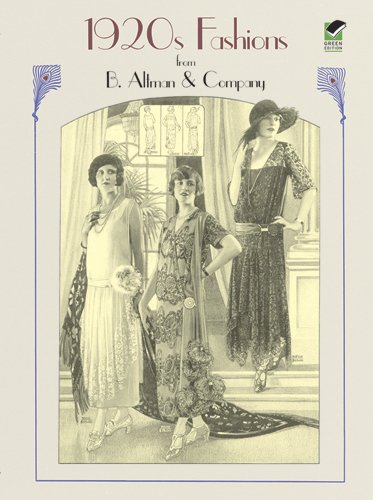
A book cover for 1920s Fashions from B. Altman & Company (Dover Fashion and Costumes); Altman & Co.; Crafts, Hobbies & Home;